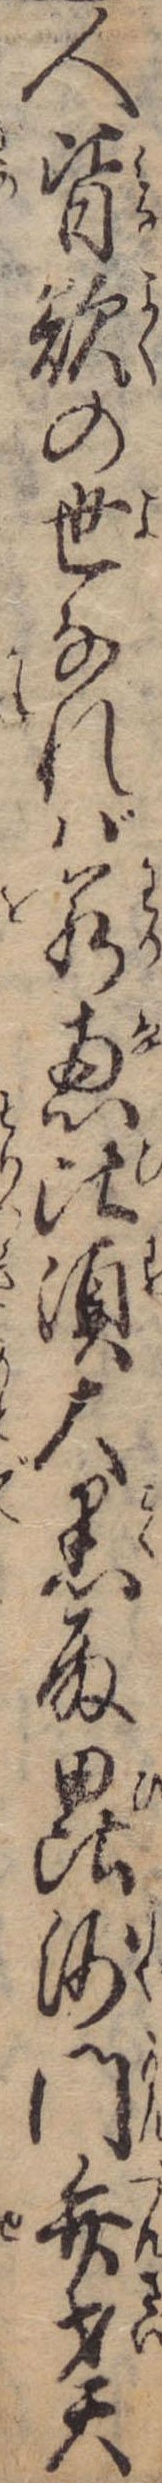
人皆欲の世なれば若恵比須大黒殿毘沙門弁才天